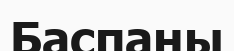
Баспаны